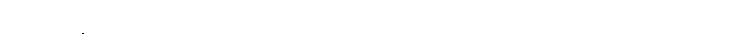
သည်လိုနဲ့ နောက်တော့ တစတစ ခင်မင်လာကြပြီး သူတို့အိမ်သားလို ဖြစ်သွားရော။